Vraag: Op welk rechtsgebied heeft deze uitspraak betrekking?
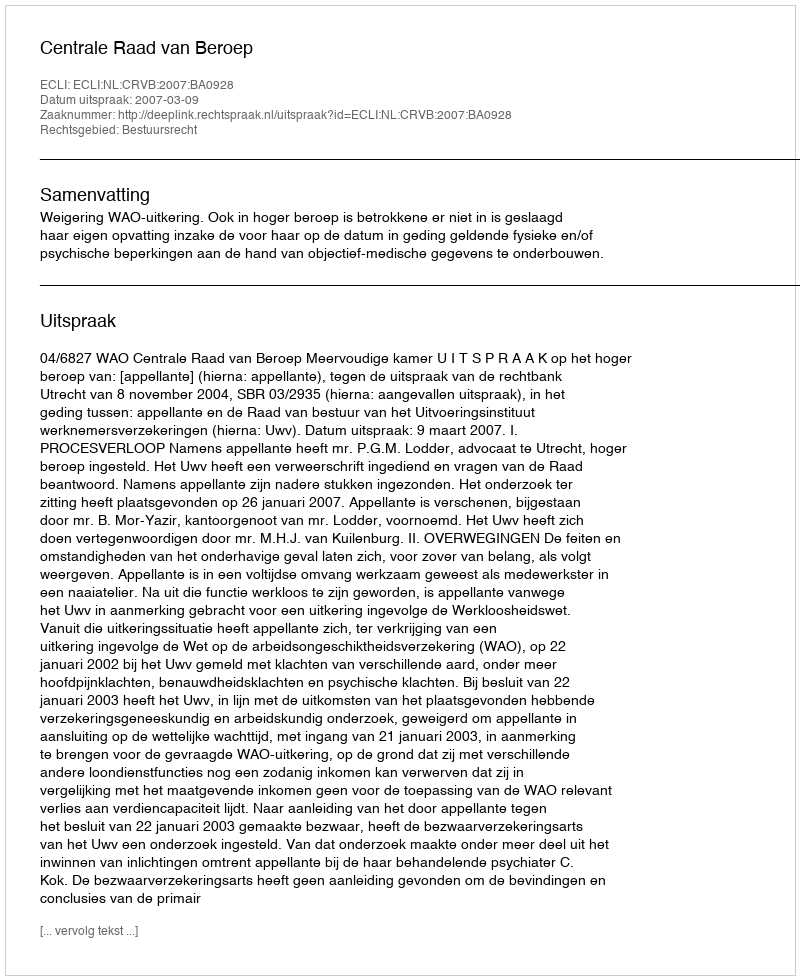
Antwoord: Bestuursrecht